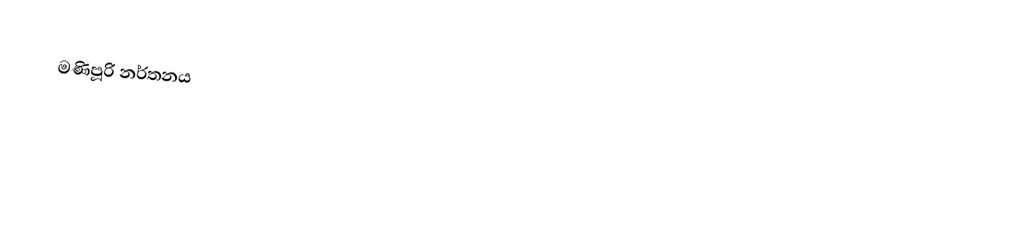
මණිපූරි නර්තනය